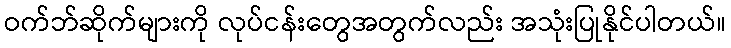
ဝက်ဘ်ဆိုက်များကို လုပ်ငန်းတွေအတွက်လည်း အသုံးပြုနိုင်ပါတယ်။